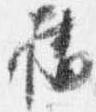
橋